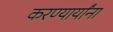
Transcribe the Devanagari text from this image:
करण्यार्यांना